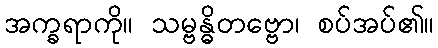
အက္ခရာကို။ သမ္ဗန္ဓိတဗ္ဗော၊ စပ်အပ်၏။